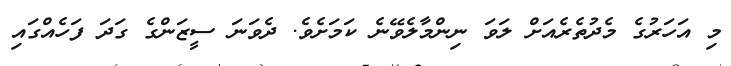
މި އަހަރުގެ މެދުތެރެއަށް ލަވަ ނިންމާލެވޭނެ ކަމަށެވެ. ދެވަނަ ސީޒަންގެ ގަދަ ފަހެއްގައި